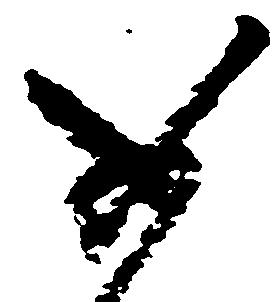
如